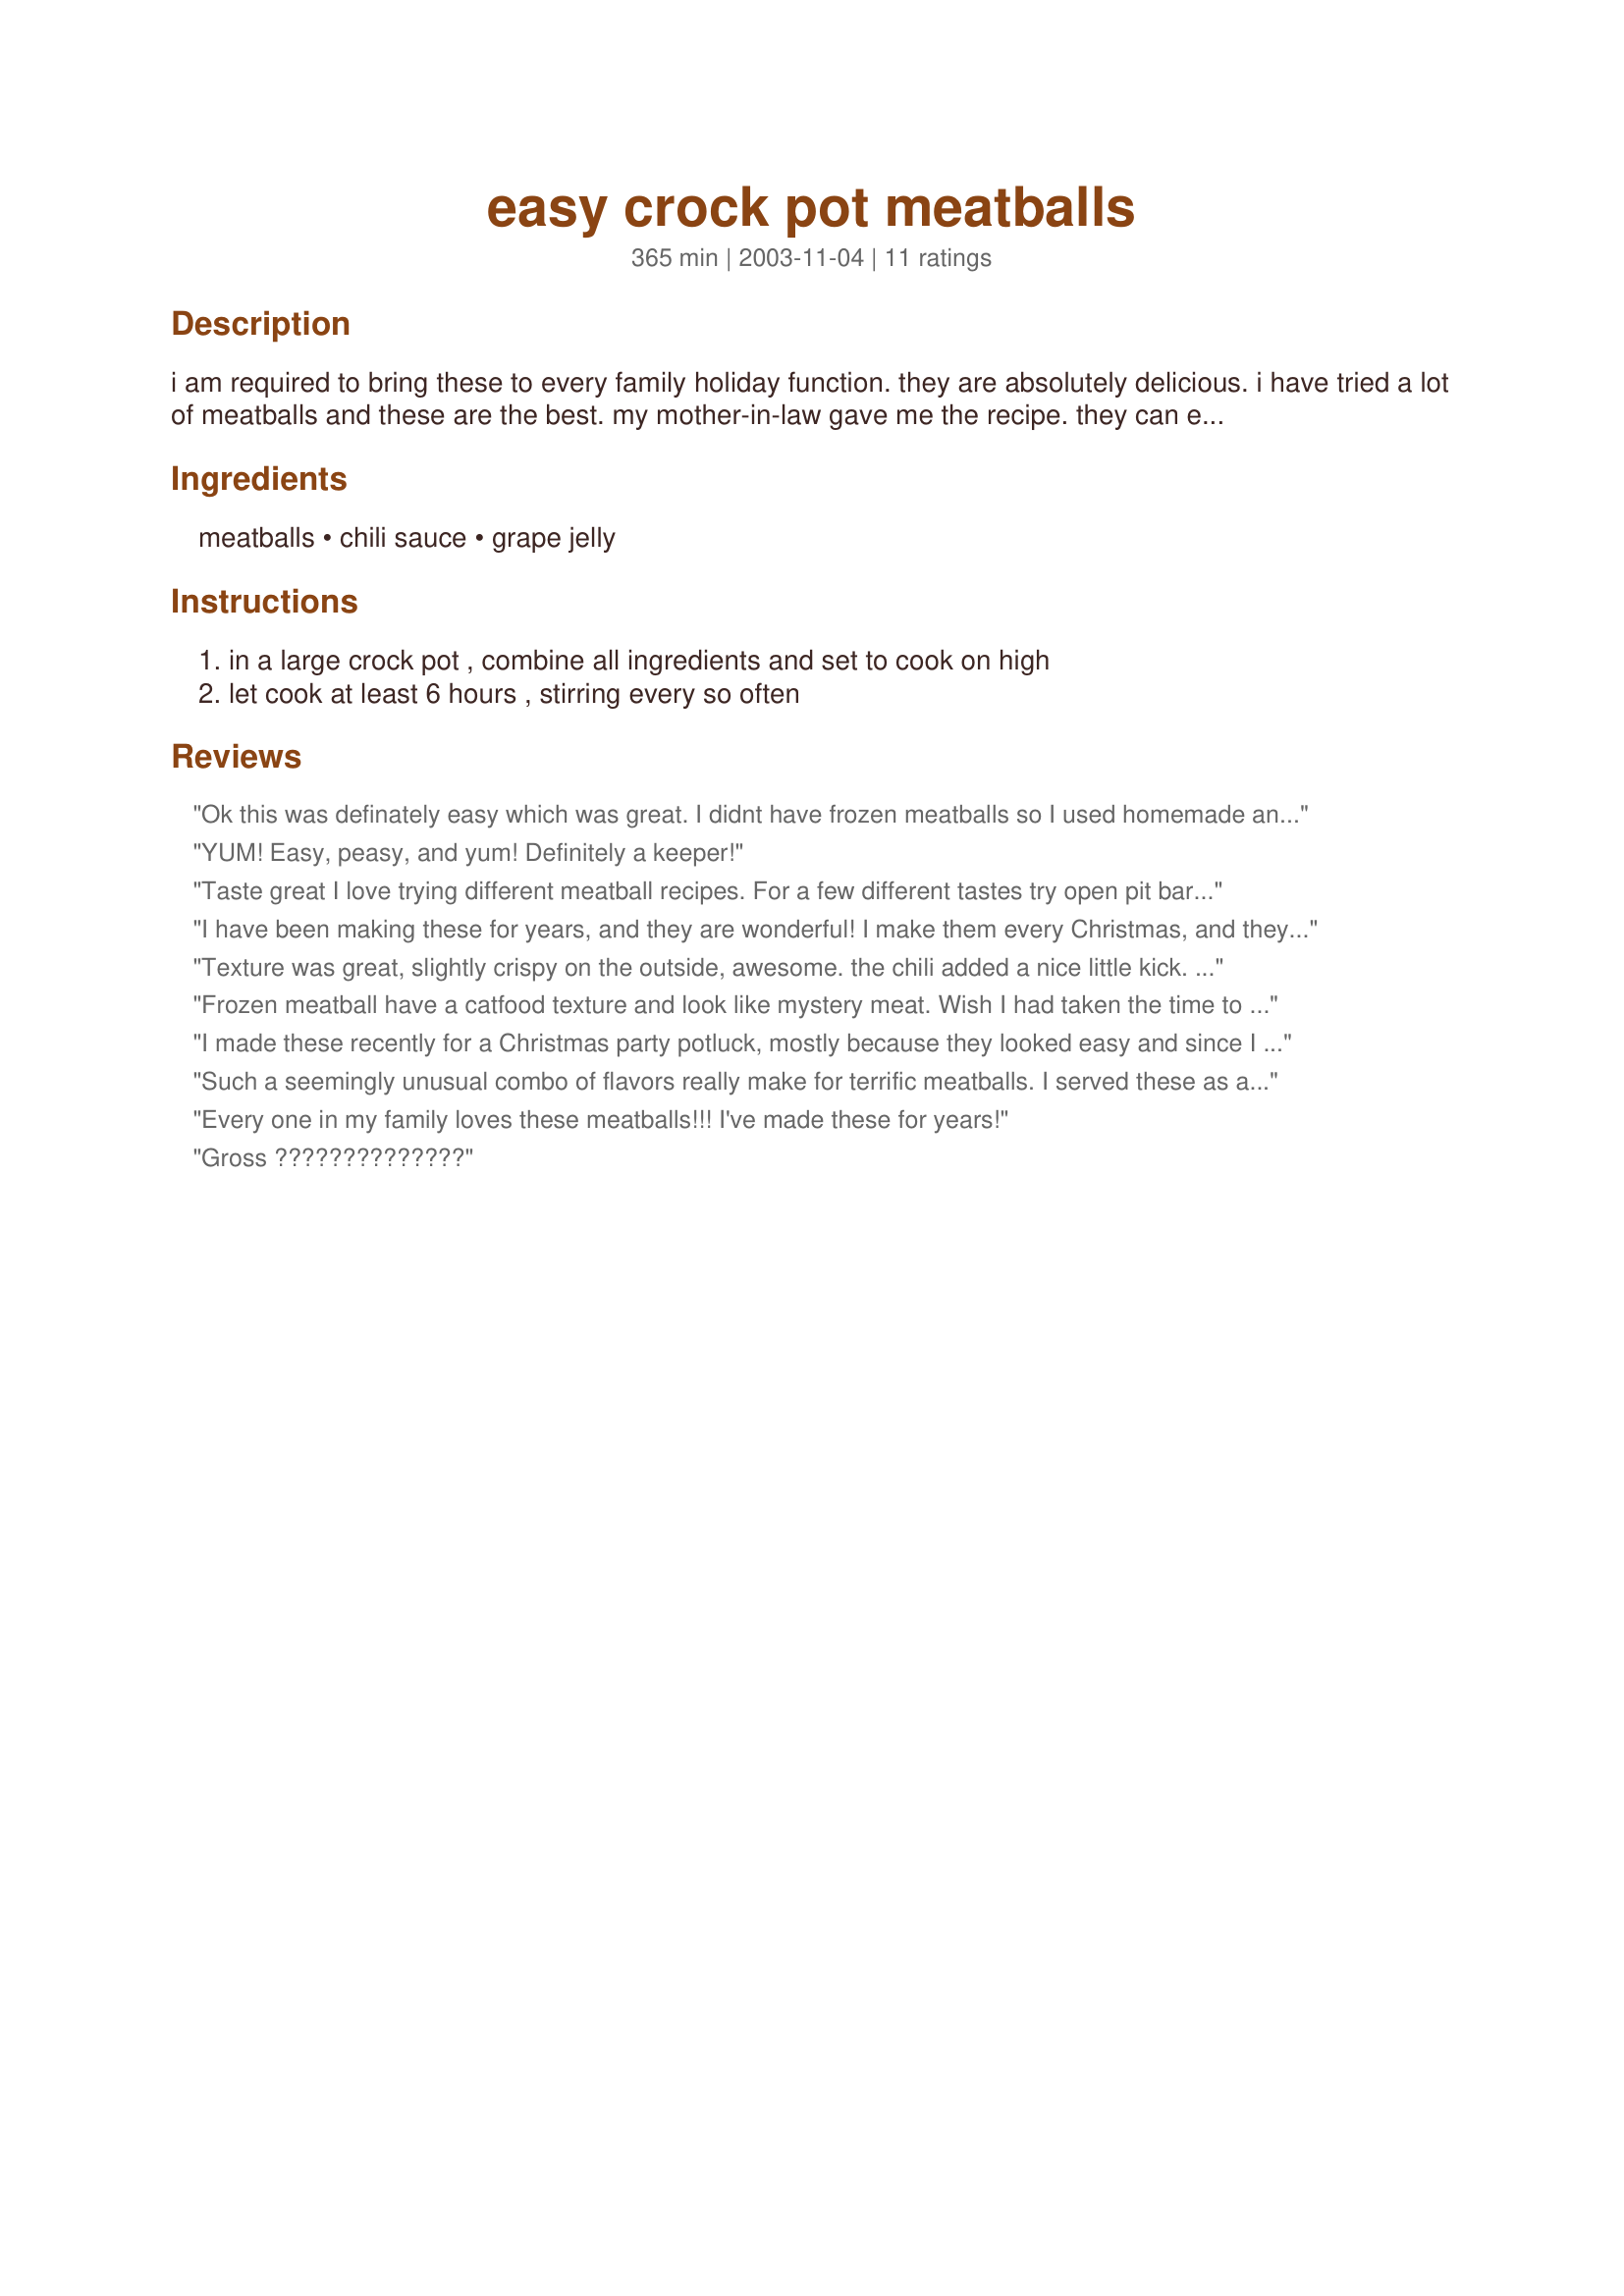
easy crock pot meatballs
Preparation time: 365 minutes

i am required to bring these to every family holiday function. they are absolutely delicious. i have tried a lot of meatballs and these are the best. my mother-in-law gave me the recipe. they can either be served as an appetizer, or served over rice for a meal.

Ingredients:
meatballs, chili sauce, grape jelly

Steps:
in a large crock pot , combine all ingredients and set to cook on high, let cook at least 6 hours , stirring every so often

Reviews:
Ok this was definately easy which was great. I didnt have frozen meatballs so I used homemade and it still worked great in the crockpot. They also looked great. I really did not like the taste, however. It could me me since there are lots of recipes using these ingredients and all have good reviews but the sauce tasted really sour to me. Even my husband, who will eat anything off a cow, refused to eat them. If you like the flavors of chili sauce give it a shot because it truly is a piece of cake but if you havent tried this combo before, approach cautiously.
YUM! Easy, peasy, and yum! Definitely a keeper!
Taste great I love trying different meatball recipes. For a few different tastes try open pit barbacue sauce or cocktail sauce. You can also add dijon or honey dijon along with any of the above sauces for a twist
I have been making these for years, and they are wonderful! I make them every Christmas, and they disappear. The sauce is sweet, but not too sweet, tangy, but not too tangy... its just right! And the smell of these meatballs is so incredible, your guests can't stay away. :) Thanks!
Texture was great, slightly crispy on the outside, awesome. the chili added a nice little kick. This was when you made them for me, when I made them, not so divine... Will cook for the full 6 hr next time.
Frozen meatball have a catfood texture and look like mystery meat. Wish I had taken the time to make my own meatballs out of GROUND BEEF! What a waste of time and money.
I made these recently for a Christmas party potluck, mostly because they looked easy and since I was hosting the party I had lots to do already! Everyone said how good they were and some were even amazed at the ingredients and how easy it was. I did not give the recipe full marks only because I wish it were more complete. It would have been good to know what size cans of chile sauce and what size jars of grape jelly were used. I guesstimated and it came out alright - everyone said so - I just think amounts would have been helpful.
Such a seemingly unusual combo of flavors really make for terrific meatballs. I served these as an appetizer for a party with precooked turkey meatballs and it turned out fabulous. I had several requests for the recipe and my husband requested them for dinner sometime. Will defnitely make again.
Every one in my family loves these meatballs!!! I've made these for years!
Gross ??????????????
These were definitely easy, and they were delicious! I made these for my Christmas eve party and they were a hit with everyone. Luckily I have some left that I think I might serve over egg noodles. Thanks for posting!
